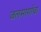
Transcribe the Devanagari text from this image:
जलमार्गाचा